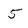
Character: 5